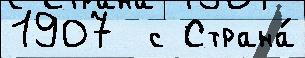
1907  с Страна́